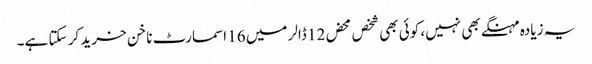
یہ زیادہ مہنگے بھی نہیں، کوئی بھی شخص محض 12 ڈالر میں 16 اسمارٹ ناخن خرید کر سکتا ہے۔